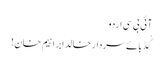
آئی بی سی اردو
گُڈ بائے سردارخالد ابراہیم خان!